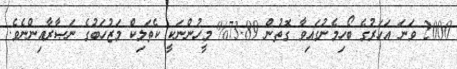
2000 ވަނަ އަހަރުގެ ބޯހިމެނުގައިވާ ގޮތުން 73.89% މީހުންނަކީ ކެތަލިކް މަޒުހަބުގެ ނަޞާރާއިންނެވެ.